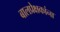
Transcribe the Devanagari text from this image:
बालप्रेक्षकांना